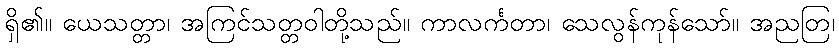
ရှိ၏။ ယေသတ္တာ၊ အကြင်သတ္တဝါတို့သည်။ ကာလင်္ကတာ၊ သေလွန်ကုန်သော်။ အညတြ၊